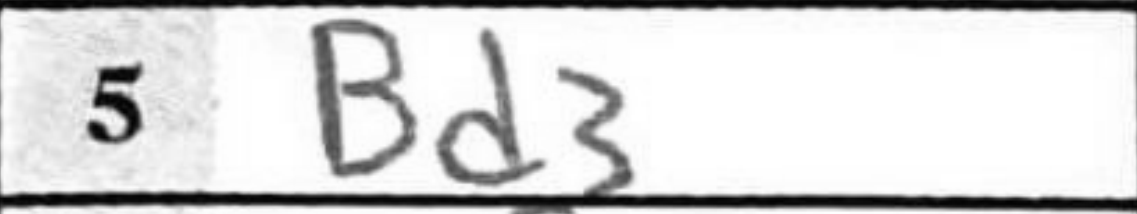
Transcription: B3